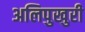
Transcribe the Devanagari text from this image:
अलिपुखुरी